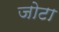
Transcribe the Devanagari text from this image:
जोटा